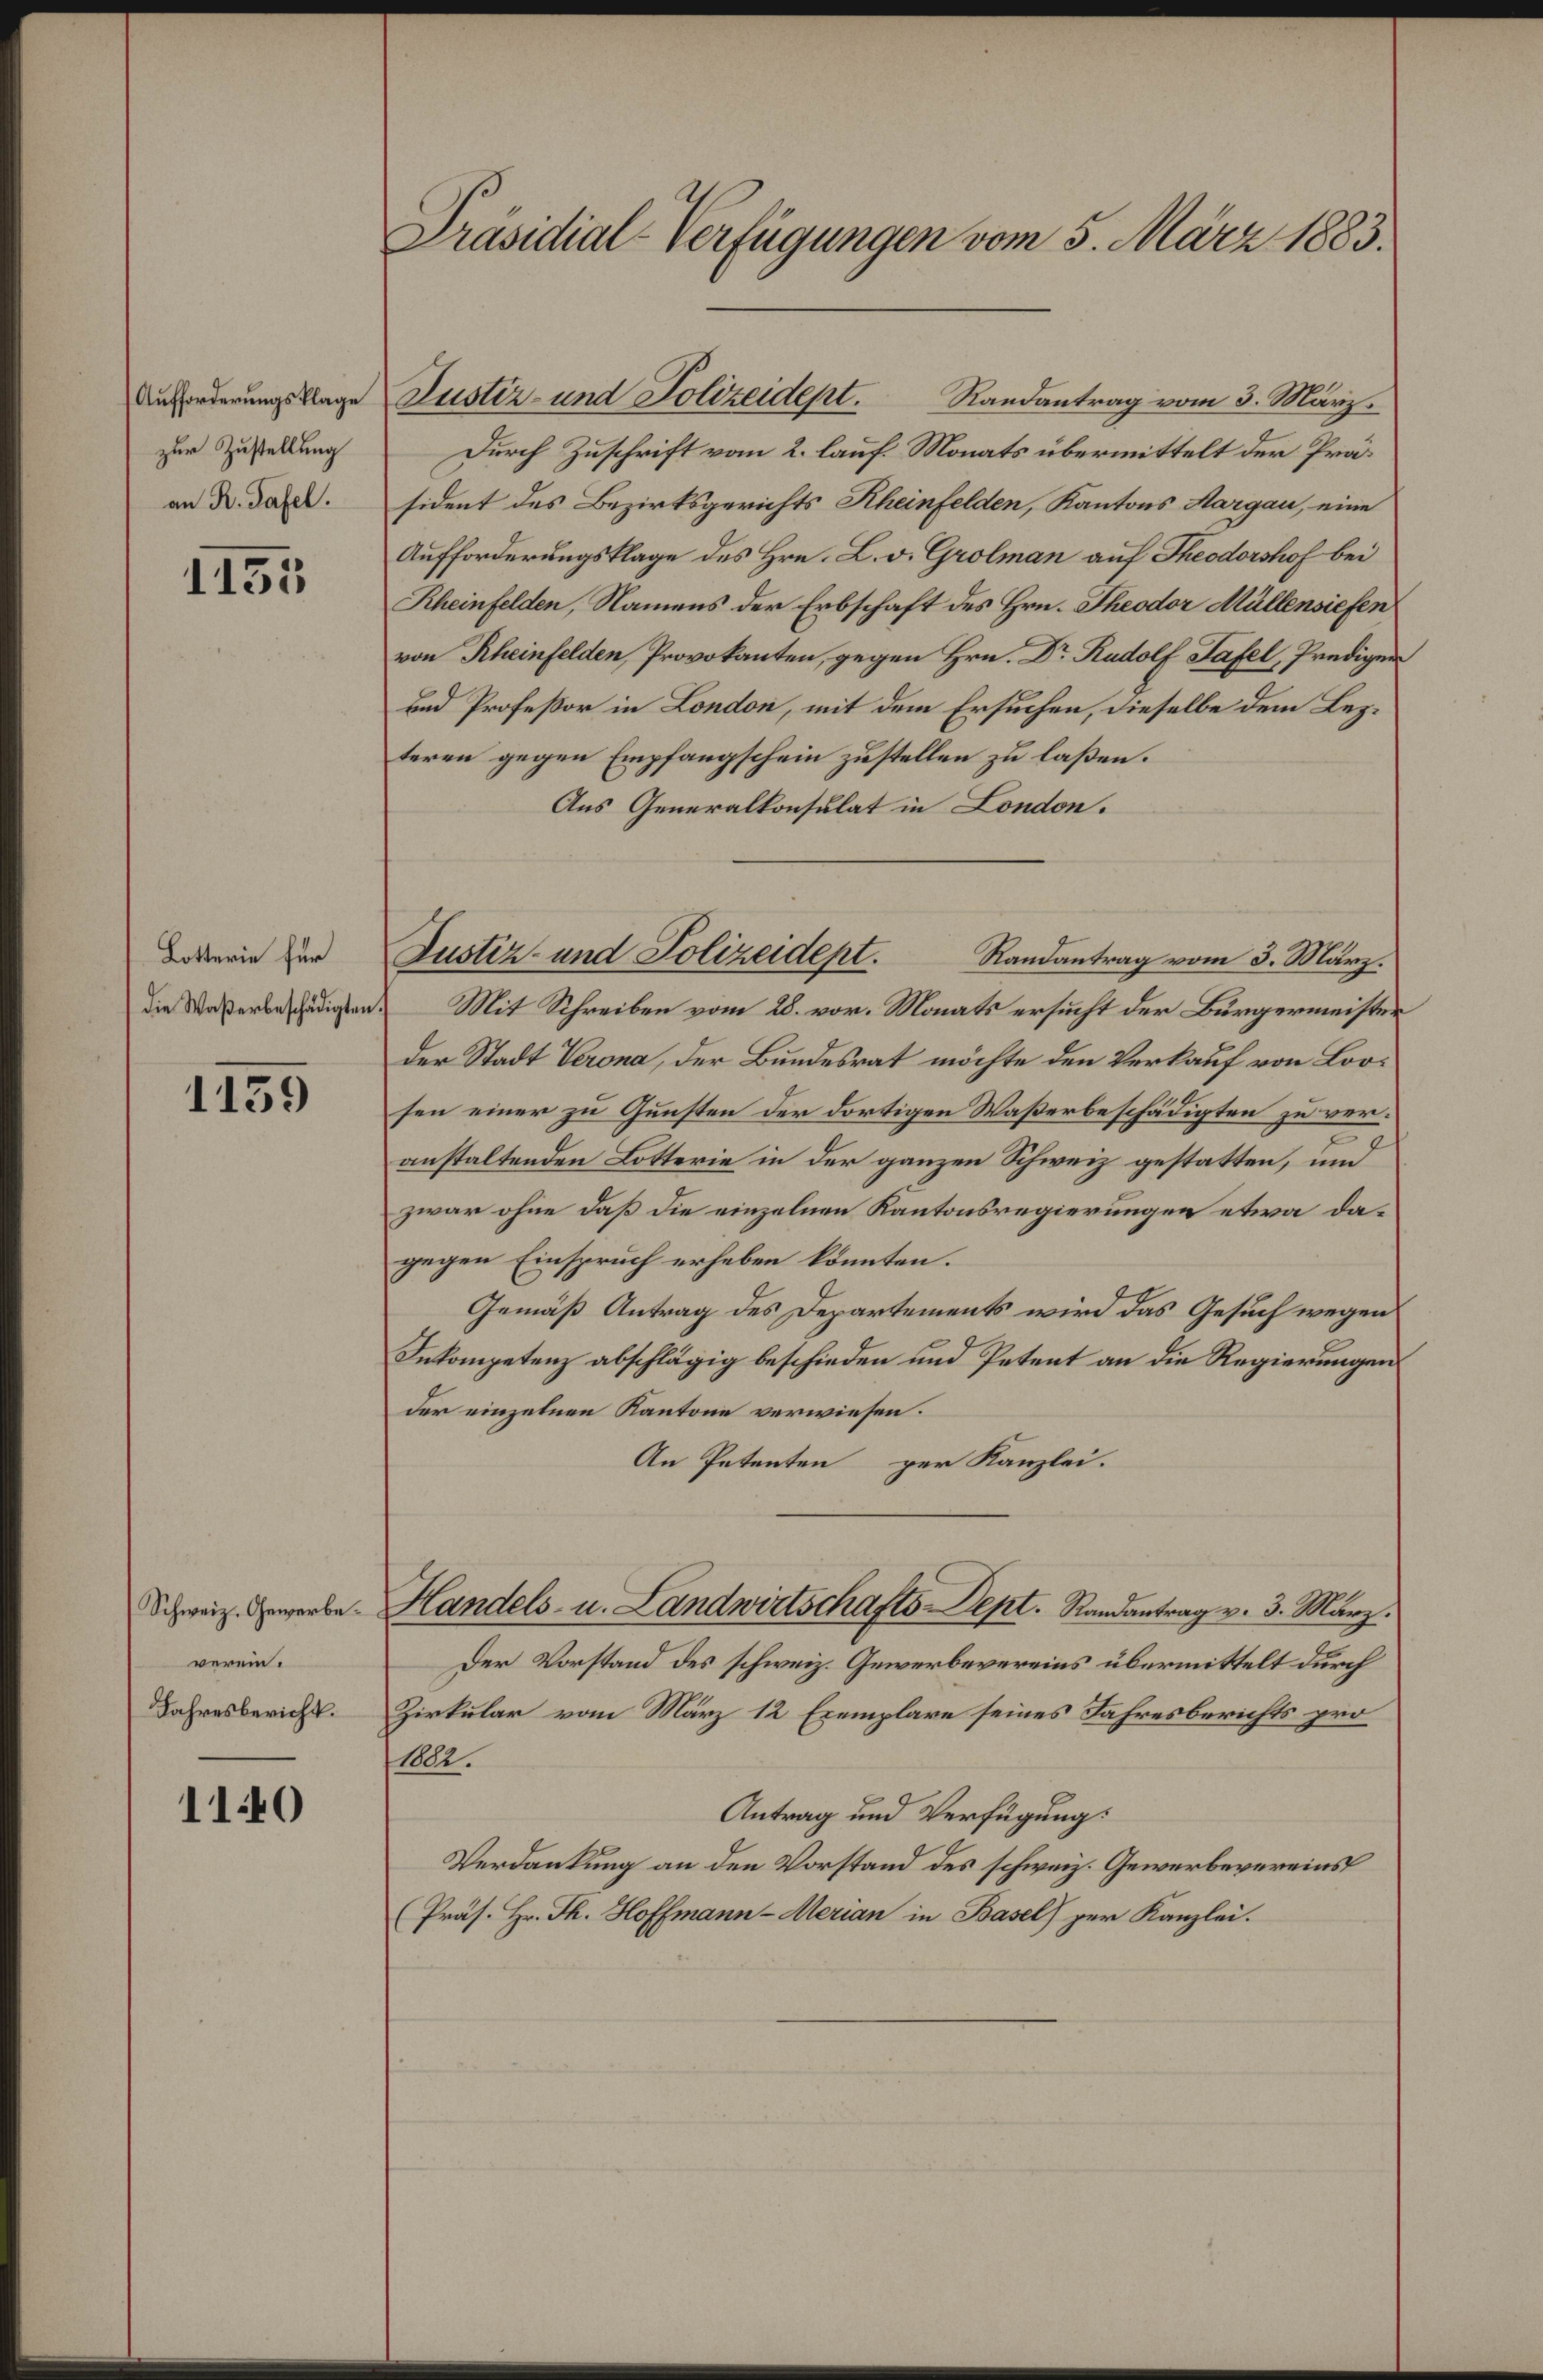
Aufforderungsklage
zur Zustellung
an R. Tafel.

1133

Lotterie für
Die Waßerbeschädigten

1139

Schweiz. Gewerbeverein.
Jahresbericht.

110

Präsidial-Verfügungen vom 5. März 1883.

Justiz- und Polizeidept.
Randantrag vom 3. März.
Durch Zuschrift vom 2. lauf. Monats übermittelt der Präsident des Bezirksgerichts Rheinfelden, Kantons Aargau, eine
Aufforderungsklage des Hrn. L. v. Grolman auf Theodorshof bei
Rheinfelden, Namens der Erbschaft des Hrn. Theodor Müllensiefen
von Rheinfelden, Provokanten, gegen Hrn. Dr. Rudolf Tafel, Prediger
und Profeßor in London, mit dem Ersuchen, dieselbe dem Lezteren gegen Empfangschein zustellen zu laßen.
Aus Generalkonsulat in London.
Randantrag vom 3. März.
Mit Schreiben vom 28. vor. Monats ersucht der Bürgermeister
der Stadt Verona, der Bundesrat möchte den Verkauf von Loosen einer zu Gunsten der dortigen Waßerbeschädigten zu veranstaltenden Lotterie in der ganzen Schweiz gestatten, und
zwar ohne daß die einzelnen Kantonsregierungen etwa dagegen Einspruch erheben könnten.
Gemäß Antrag des Departements wird das Gesuch wegen
Inkompetenz abschlägig beschieden und Petent an die Regierungen
der einzelnen Kantone verwiesen.
An Petenten per Kanzlei.
Handels- u. Landwirtschafts-Dept. Randantrag v. 3. März.
Der Vorstand des schweiz. Gewerbevereins übermittelt durch
Zirkular vom März 12 Exemplare seines Jahresberichts pro
1882.
Antrag und Verfügung:
Verdankung an den Vorstand des schweiz. Gewerbevereins
(Präs. Hr. Th. Hoffmann - Merian in Basel) zur Kanzlei.

Justiz- und Polizeidept.